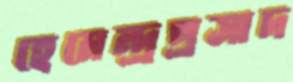
হেমেন্দ্রপ্রসাদ